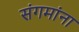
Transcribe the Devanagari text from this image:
संगमांना